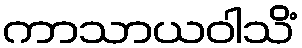
ကာသာယဝါသိံ